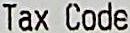
TAX CODE